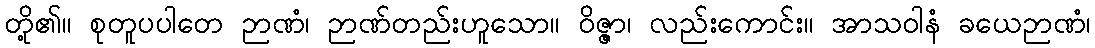
တို့၏။ စုတူပပါတေ ဉာဏံ၊ ဉာဏ်တည်းဟူသော။ ဝိဇ္ဇာ၊ လည်းကောင်း။ အာသဝါနံ ခယေဉာဏံ၊